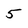
Character: 5